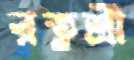
রত্নশ্রী